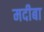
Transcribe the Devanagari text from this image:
मदीबा